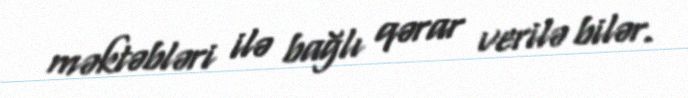
məktəbləri ilə bağlı qərar verilə bilər.